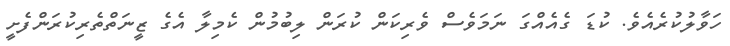
ހަވާލުކުރެއެވެ. ކުޑަ ގެއެއްގަ ނަމަވެސް ވެރިކަން ކުރަން ލިބުމުން ކެމިލާ އެގެ ޒީނަތްތެރިކުރަންފެށީ